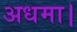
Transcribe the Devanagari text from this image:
अधमा।